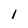
Character: 1